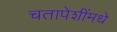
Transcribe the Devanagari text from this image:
चतापेशींमधे